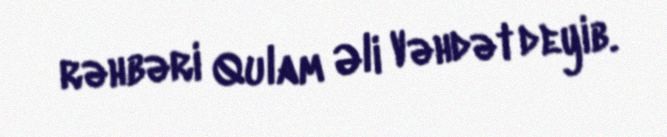
rəhbəri Qulam Əli Vəhdət deyib.